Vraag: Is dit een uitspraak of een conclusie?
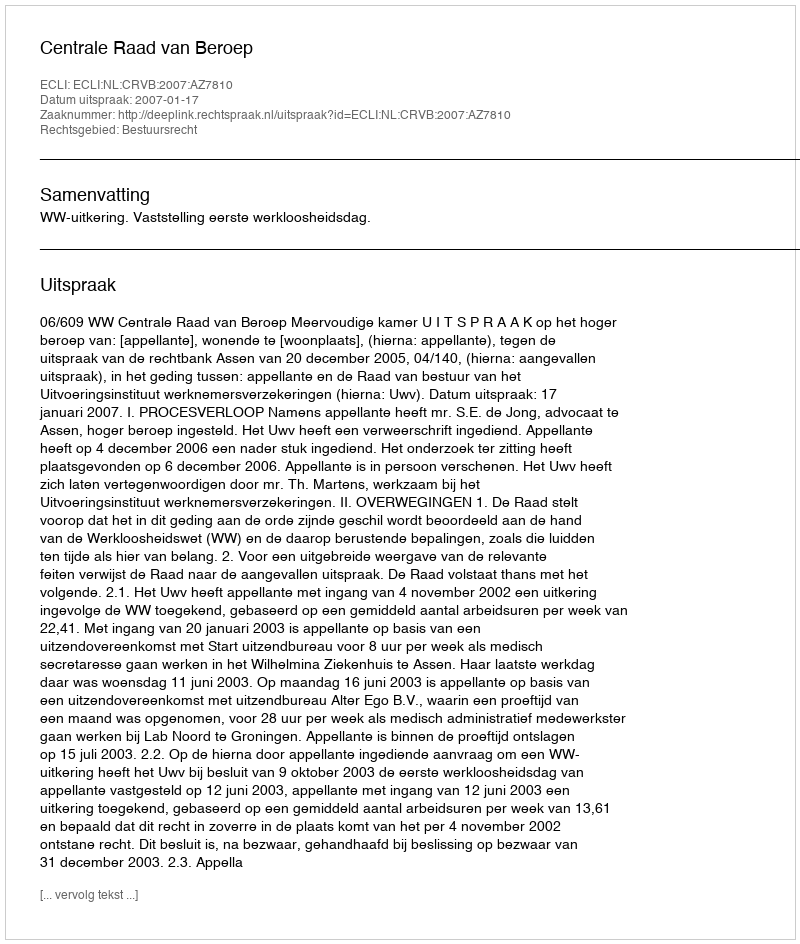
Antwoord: Uitspraak